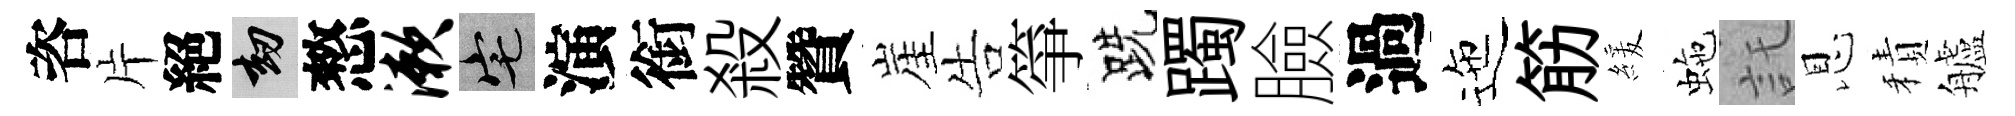
咨片絕劫憗漱宅演銜殺贊崖告箏跣躅臉過迤筋緩虵託恩積艫